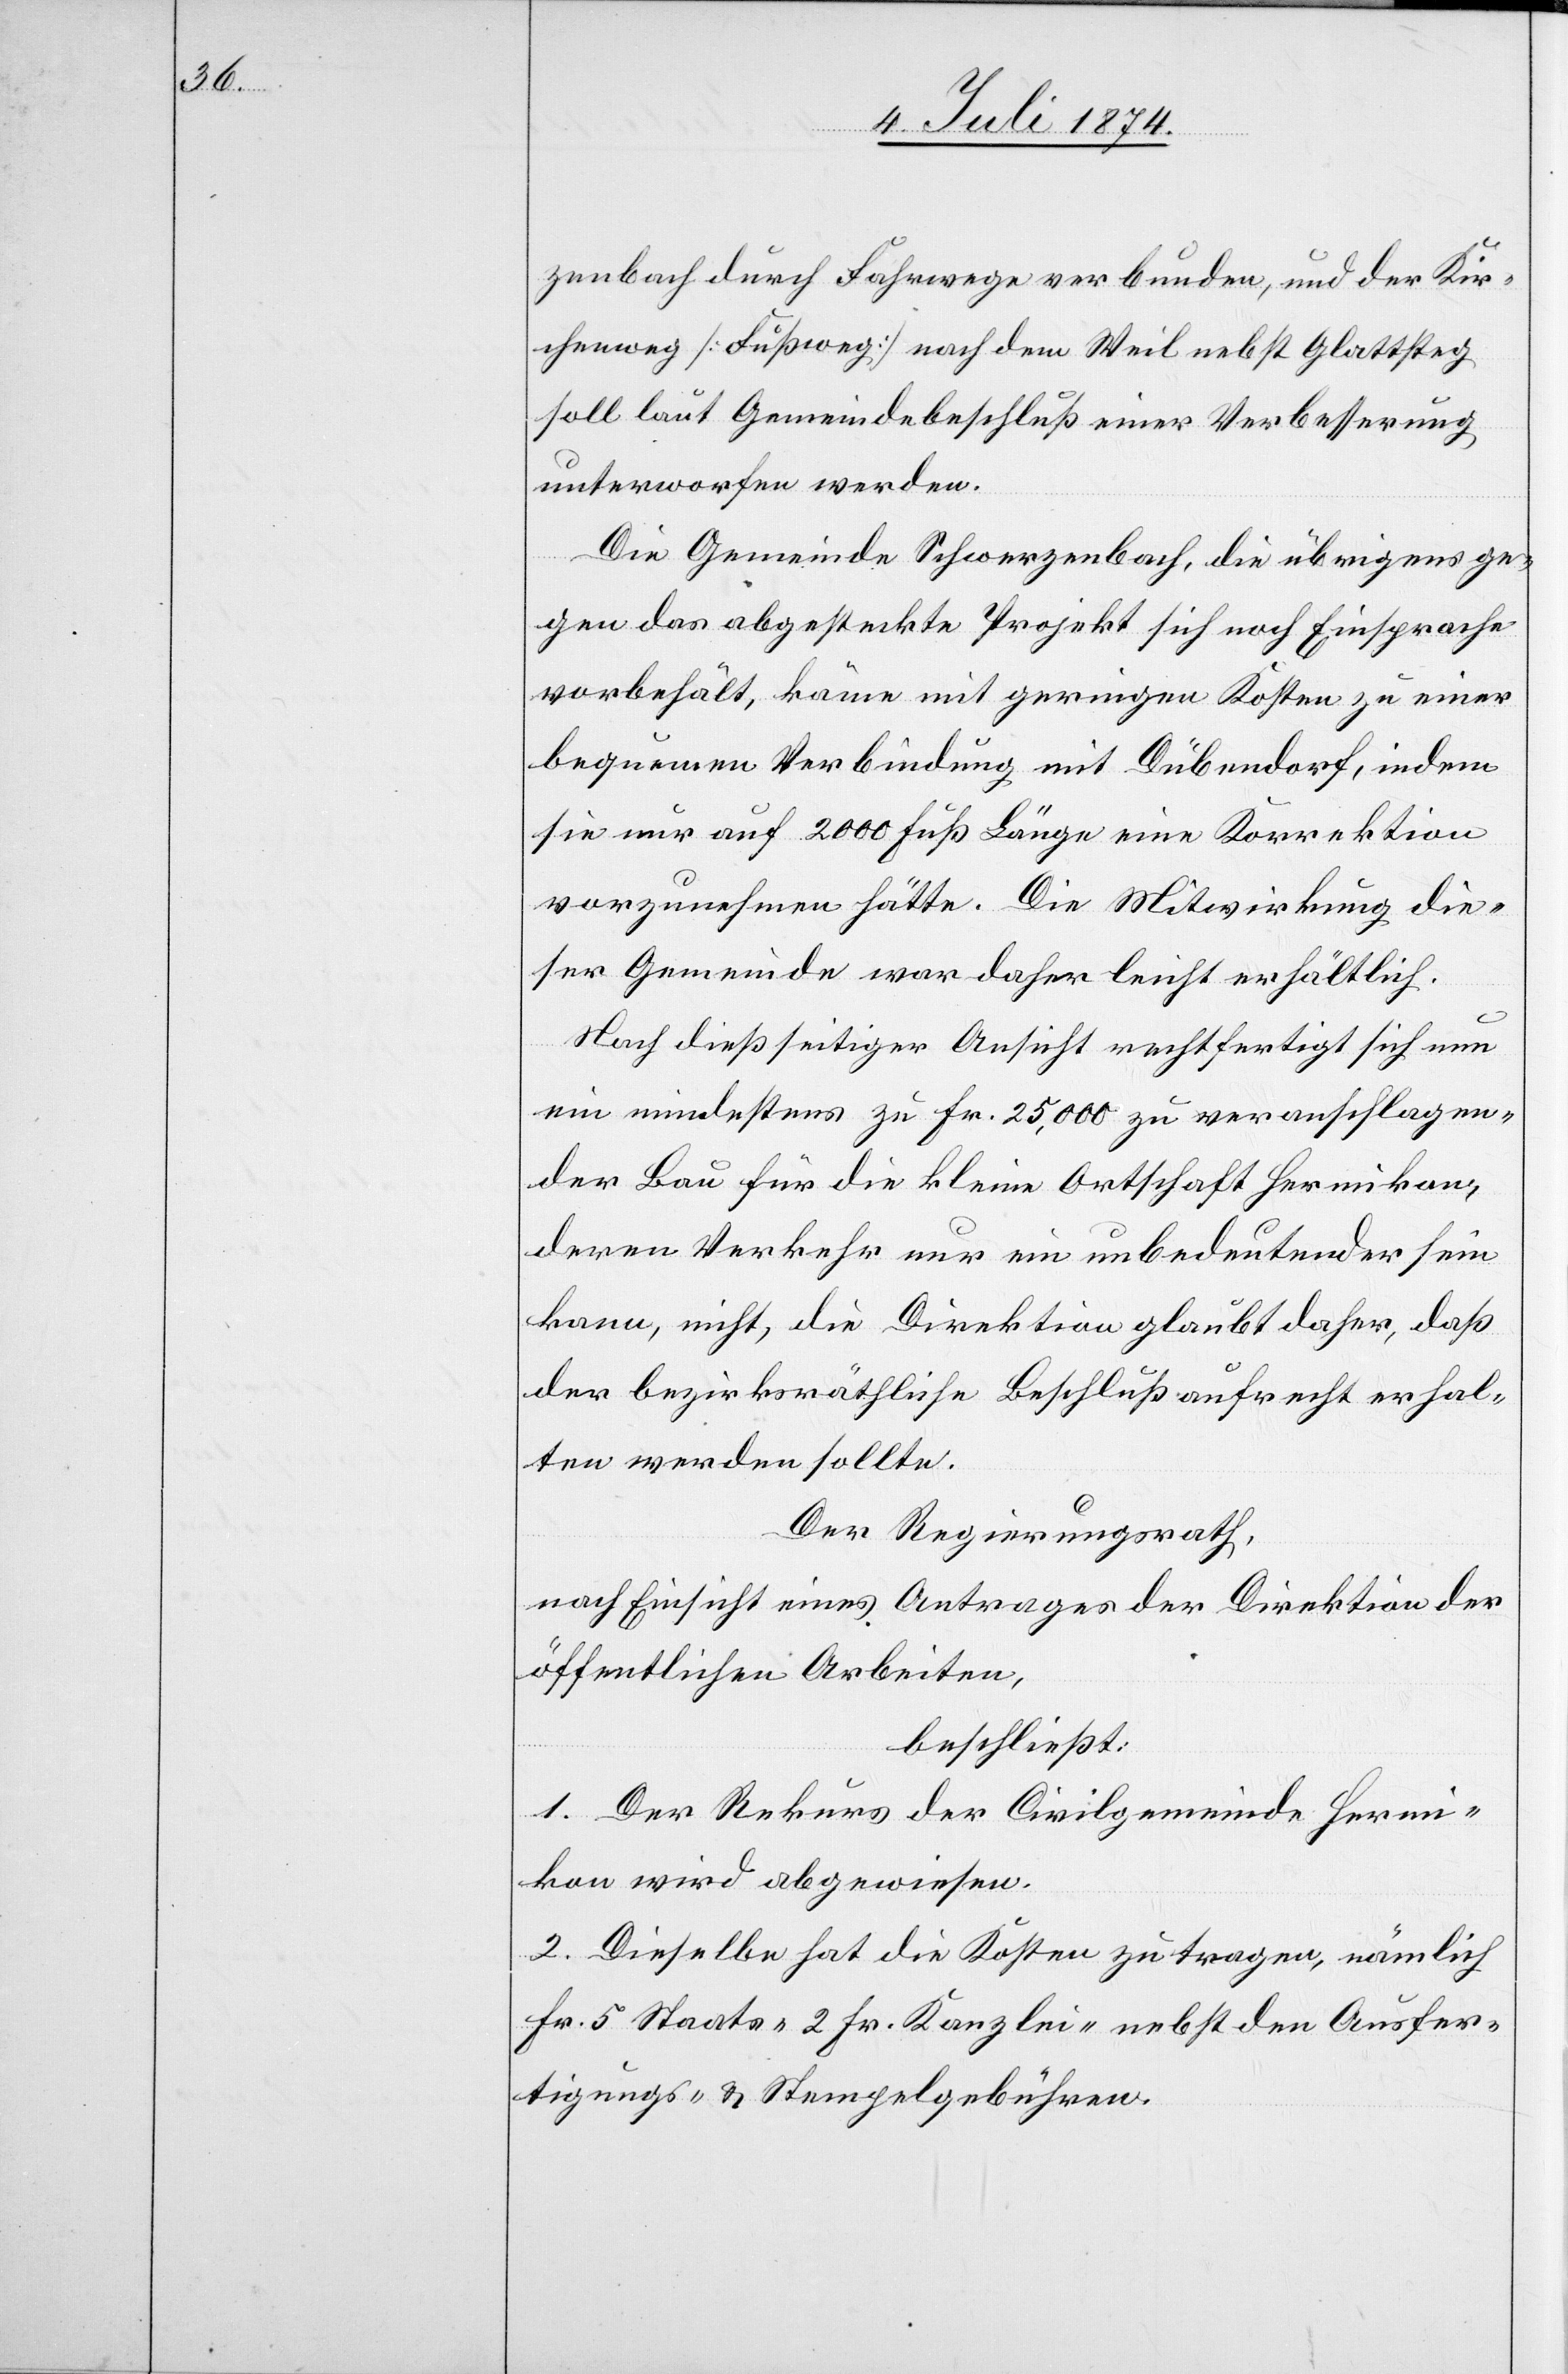
zenbach durch Fahrwege verbunden, und der Kir¬
chenweg [Fußweg] nach dem Weil nebst Glattsteg
soll laut Gemeindebeschluß einer Verbesserung
unterworfen werden.
Die Gemeinde Schwerzenbach, die übrigens ge¬
gen das abgesteckte Projekt sich noch Einsprache
vorbehält, käme mit geringen Kosten zu einer
bequemen Verbindung mit Dübendorf, indem
sie nur auf 2000 Fuß Länge eine Korrektion
vorzunehmen hätte. Die Mitwirkung die¬
ser Gemeinde war daher leicht erhältlich.
Nach dießseitiger Ansicht rechtfertigt sich nun
ein mindestens zu Fr. 25,000 zu veranschlagen¬
der Bau für die kleine Ortschaft Hermikon,
deren Verkehr nur ein unbedeutender sein
kann, nicht, die Direktion glaubt daher, daß
der bezirksräthliche Beschluß aufrecht erhal¬
ten werden sollte.
Der Regierungsrath,
nach Einsicht eines Antrages der Direktion der
öffentlichen Arbeiten,
beschließt:
1. Der Rekurs der Civilgemeinde Hermi¬
kon wird abgewiesen.
2. Dieselbe hat die Kosten zu tragen, nämlich
Fr. 5 Staats-[,] 2 Fr. Kanzlei- nebst den Ausfer¬
tigungs- u. Stempelgebühren.